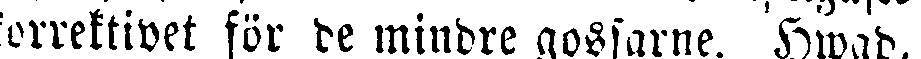
korrektivet för de mindre gossarne. Hwad,